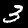
Label: 3